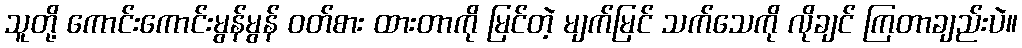
သူတို့ ကောင်းကောင်းမွန်မွန် ဝတ်စား ထားတာကို မြင်တဲ့ မျက်မြင် သက်သေကို လိုချင် ကြတာချည်းပဲ။